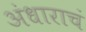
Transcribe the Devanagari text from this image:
अंधाराचं